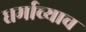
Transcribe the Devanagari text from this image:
धर्माच्याच